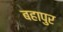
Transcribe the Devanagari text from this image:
बहापुर